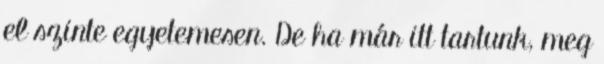
el szinte egyetemesen. De ha már itt tartunk, meg